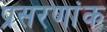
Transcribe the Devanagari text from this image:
प्रसरणांक